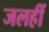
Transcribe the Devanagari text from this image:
जलहीं